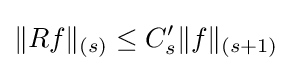
\|Rf\|_{(s)}\leq C'_{s}\|f\|_{(s+1)}